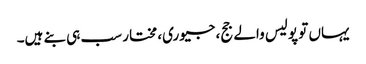
یہاں تو پولیس والے جج، جیوری، مختار سب ہی بنے ہیں۔